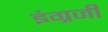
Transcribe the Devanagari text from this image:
इंंग्रजी